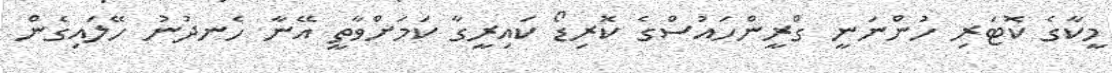
މީކާގެ ކޮޓަރި ހުންނަނީ ގްރީންހައުސްގެ ކޮރިޑޯ ކައިރީގާ ކަމަށްވާތީ އޭނާ ހެނދުނު ހޭލައިގެން